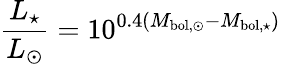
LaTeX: {\frac{L_{\star}}{L_{\odot}}}=10^{0.4\left(M_{\mathrm{bol,\odot}}-M_{\mathrm{bol,\star}}\right)}